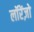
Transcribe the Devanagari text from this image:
लॉरेंज़ो